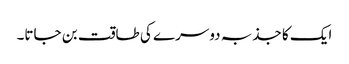
ایک کا جذبہ دوسرے کی طاقت بن جاتا۔